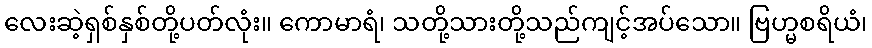
လေးဆဲ့ရှစ်နှစ်တို့ပတ်လုံး။ ကောမာရံ၊ သတို့သားတို့သည်ကျင့်အပ်သော။ ဗြဟ္မစရိယံ၊